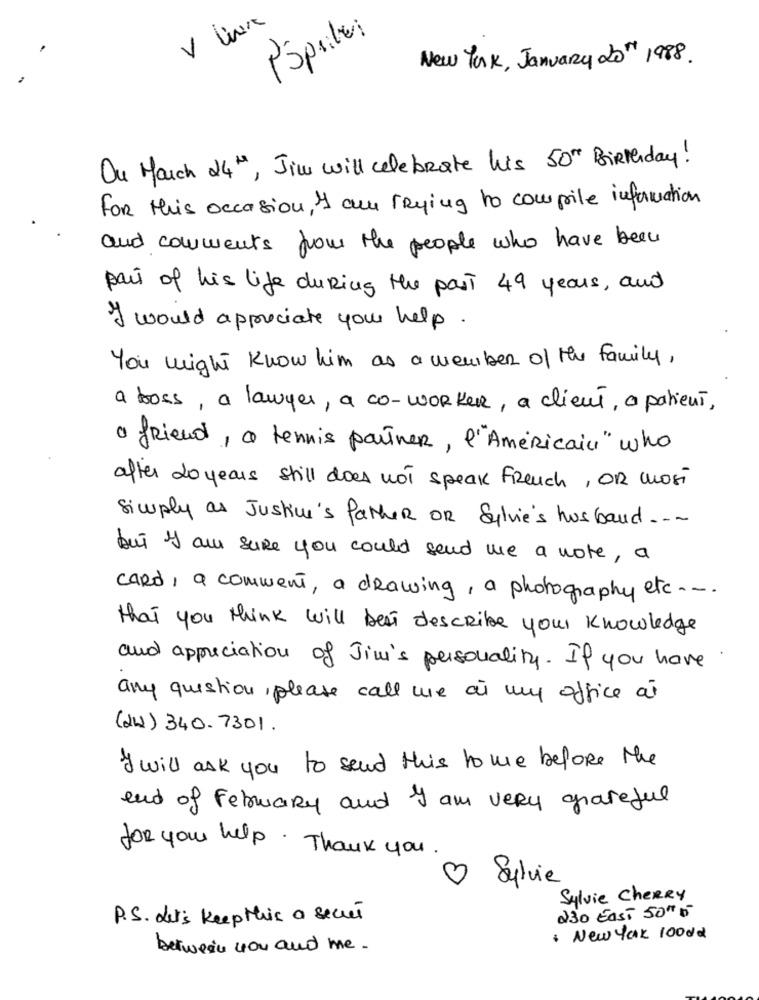
P'Sprite:
New York, January 20" 1988.
Ou March 24 ", Jim will celebrate his 50th Birthday!
For this occasion , I am trying to compile information
and comments from the people who have been
part of his life during the past 49 years, and
I would appreciate your help.
You might know him as a member of the family,
a boss, a lawyer, a co-worker, a client, a patient,
a friend, a tennis partner, l'Américain" who
after 20 years still does not speak French, OR most
Simply as Justin's father OR Sylvie's husband ....
but I am sure you could send me a note, a
CARD, a comment, a drawing, a photography etc ...
that you think will beAT describe your knowledge
and appreciation of Jim's personality . If you have
any question, please call we at my office at
(21) 340- 7301.
I will ask you to send this to me before the
end of February and I am very grateful
for your help . Thank you.
3 Septie
Sylvie CheRRy
230 East 50""
P.S. Let's keep this a secret
* New York 100dd
between you and me .